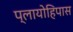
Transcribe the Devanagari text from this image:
प्लायोहिपास